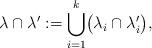
LaTeX: \begin{align*}\lambda\cap\lambda ':=\bigcup_{i=1}^k\bigl(\lambda_i\cap\lambda_i'\bigr),\end{align*}